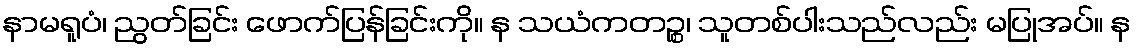
နာမရူပံ၊ ညွတ်ခြင်း ဖောက်ပြန်ခြင်းကို။ န သယံကတဉ္စ၊ သူတစ်ပါးသည်လည်း မပြုအပ်။ န